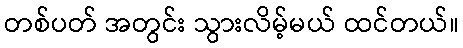
တစ်ပတ် အတွင်း သွားလိမ့်မယ် ထင်တယ်။